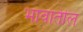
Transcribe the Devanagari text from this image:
भावांतील